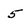
Character: 5